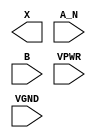
module sky130_fd_sc_hs__and2b (
    X   ,
    A_N ,
    B   ,
    VPWR,
    VGND
);

    output X   ;
    input  A_N ;
    input  B   ;
    input  VPWR;
    input  VGND;
endmodule